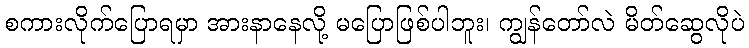
စကားလိုက်ပြောရမှာ အားနာနေလို့ မပြောဖြစ်ပါဘူး၊ ကျွန်တော်လဲ မိတ်ဆွေလိုပဲ